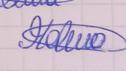
Signature authenticity: genuine